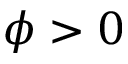
\phi > 0